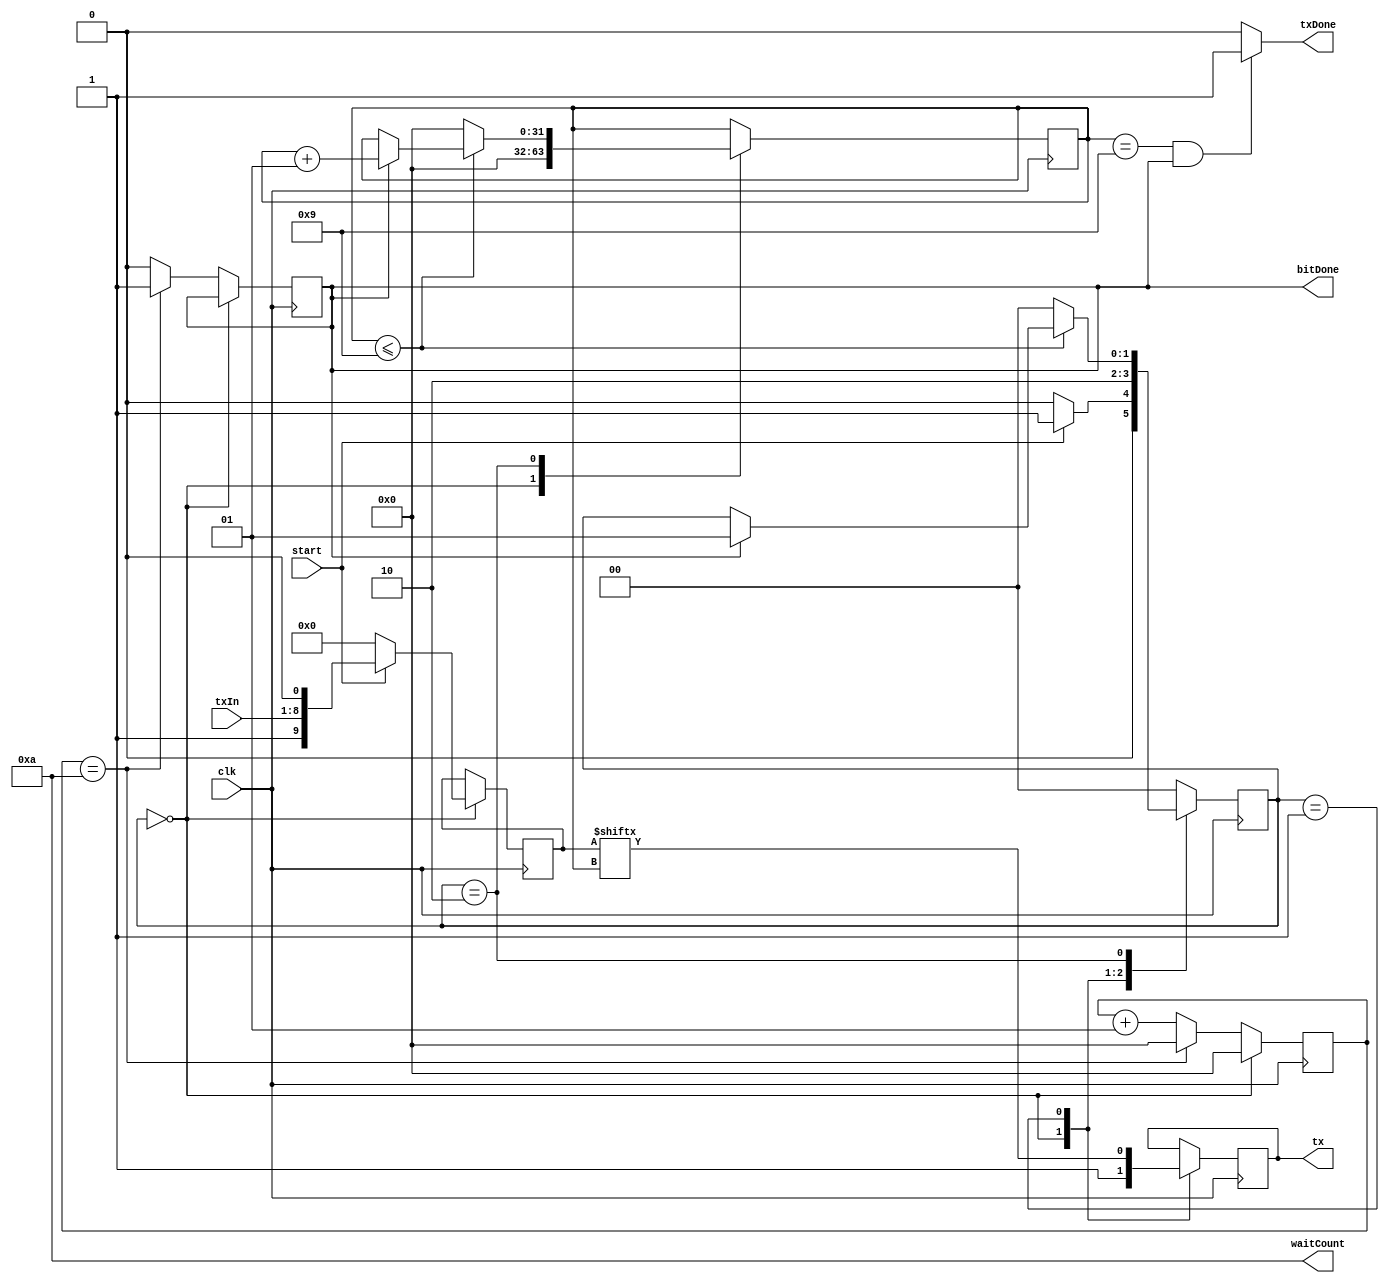
`timescale 1ns / 1ps

//////////////////////////////////////////////////////////////////////////////////
// 
// Module Name: Transmitter
// Project Name: UART Implementation using Verilog HDL
// Description: 
//////////////////////////////////////////////////////////////////////////////////

module Transmitter(
    input clk, start,
    input [7:0] txIn,
    output reg tx,
    output txDone,
    output reg bitDone,
    output [3:0] waitCount
    );
    
reg [9:0] txData;
integer txIndex;
reg startBit = 0;
reg stopBit = 1;


//----------------------- Defining States of the Transmitter ---------------------
parameter IDLE = 0,
          SEND = 1,
          CHECK = 2;

//Variable to hold the value of state:
reg [1:0] state = IDLE;


//---------------------------- Trigger Generator Logic ---------------------------    
parameter clkVal = 100_000;
parameter baudRate = 9600;
parameter waitVal = clkVal/baudRate; 

assign waitCount = waitVal;

integer count = 0;

always @(posedge clk)
begin
    if(state == IDLE)
        count <= 0;
    else
        if(count == waitCount)
        begin
            bitDone <= 1;
            count <= 0;
        end
        else
        begin
            count <= count + 1;
            bitDone <= 0;
        end
end


//-------------------------------- Transmitter Logic -------------------------------
always @(posedge clk)
begin
    case(state)
    
        IDLE:
        begin
            tx <= 1;       //Transmission line held idle, i.e. No data transmission
            txData <= 0;   //No data to be transmitted
            txIndex <= 0;  //No bits sent
            
            if(start == 1)
            begin
                txData <= {stopBit, txIn, startBit};
                state <= SEND;
            end
            
            else
                state <= IDLE;
        end
        
        SEND:
        begin
            tx <= txData[txIndex];
            state <= CHECK;
        end
        
        CHECK:
        begin 
            if(txIndex <= 9)
            begin
                if(bitDone == 1)
                begin
                    txIndex <= txIndex + 1;
                    state <= SEND;
                end                 
            end
            
            else
            begin
                txIndex <= 0;
                state <= IDLE;
            end
        end
        
        default: state <= IDLE;
        
    endcase    
end

assign txDone = (txIndex == 9 && bitDone == 1)? 1:0;

endmodule